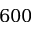
6 0 0